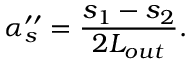
\alpha _ { s } ^ { \prime \prime } = \frac { s _ { 1 } - s _ { 2 } } { 2 L _ { o u t } } .